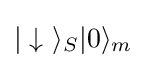
|\downarrow \ \rangle _{S}|0\rangle _{m}